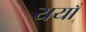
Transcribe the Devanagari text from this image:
ययाँ